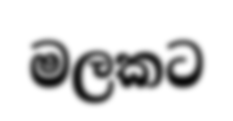
මලකට